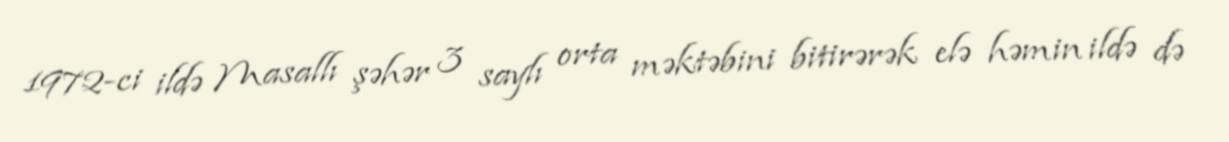
1972-ci ildə Masallı şəhər 3 saylı orta məktəbini bitirərək elə həmin ildə də